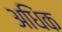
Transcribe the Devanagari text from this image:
अधिंक